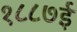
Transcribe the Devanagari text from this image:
१८८७ई